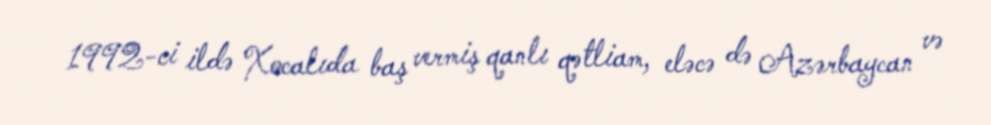
1992-ci ildə Xocalıda baş vermiş qanlı qətliam, eləcə də Azərbaycan və